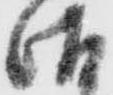
御